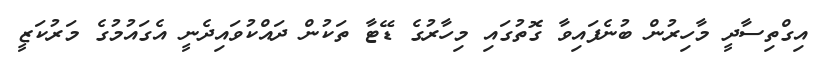
އިގްތިސާދީ މާހިރުން ބުނެފައިވާ ގޮތުގައި މިހާރުގެ ޑޭޓާ ތަކުން ދައްކުވައިދެނީ އެގައުމުގެ މަރުކަޒީ